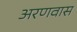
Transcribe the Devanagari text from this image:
अरणवास